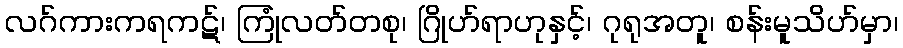
လဂ်ကားကရကဋ်၊ ကြုံလတ်တစု၊ ဂြိုဟ်ရာဟုနှင့်၊ ဂုရုအတူ၊ စန်းမူသိဟ်မှာ၊